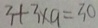
3 + 3 \times 9 = 3 0